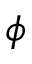
\phi